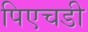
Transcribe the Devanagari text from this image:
पिएचडी